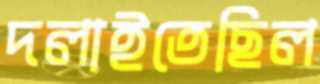
দলাইতেছিল